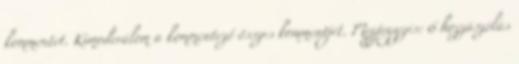
kommentet. Kimoderálom a kommentező összes kommentjét. Megjegyzés: 6 hozzászólás